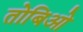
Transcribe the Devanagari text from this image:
तोबिओ